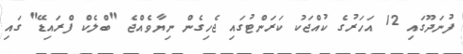
ފުނަދޫގައި 12 އަހަރުގެ ކުއްޖަކު ކަރަންޓުގައި ޖެހިގެން ނިޔާވެއްޖެ "ބްލެކް ފްރައިޑޭ" ގައި